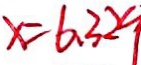
x = 6 . 3 2 g